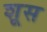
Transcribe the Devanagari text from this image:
शूस